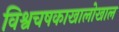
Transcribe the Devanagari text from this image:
विश्वचषकाखालोखाल